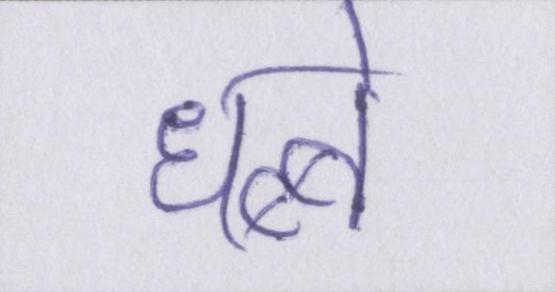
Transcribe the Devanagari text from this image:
धब्बे